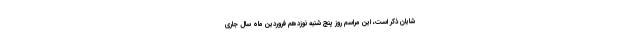
شایان ذکر است، این مراسم روز پنج شنبه نوزدهم فروردین ماه سال جاری